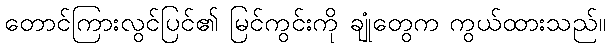
တောင်ကြားလွင်ပြင်၏ မြင်ကွင်းကို ချုံတွေက ကွယ်ထားသည်။